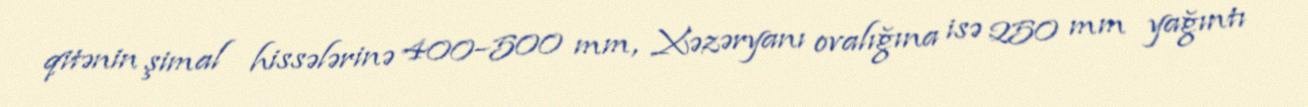
qitənin şimal hissələrinə 400–500 mm, Xəzəryanı ovalığına isə 250 mm yağıntı